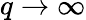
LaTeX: q\rightarrow\infty